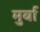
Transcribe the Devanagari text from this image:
मुर्वा